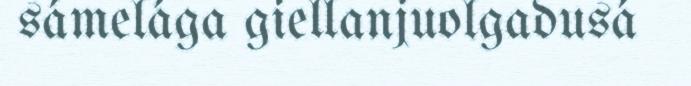
sámelága giellanjuolgadusá